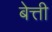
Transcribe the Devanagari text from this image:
बेत्ती